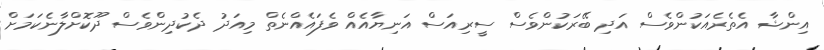
އިންޝާ އެތެރެއަކުންވެސް އަދި ބޭރަކުންވެސް ސީރިއަސް އަނިޔާއެއް ވެފައެއްނެތް މިއަދު ދެކުދިންވެސް ދޫކޮށްލާނެކަމަށް